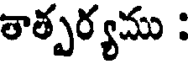
తాత్పర్యము :